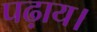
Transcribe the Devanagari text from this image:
पढ़ाय।